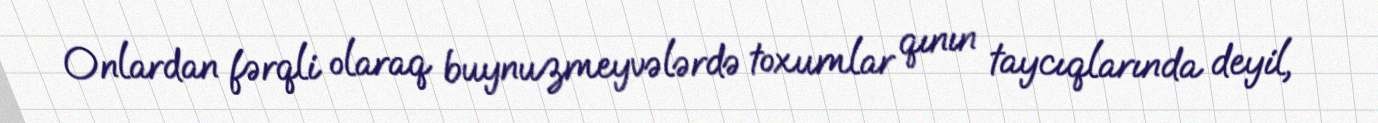
Onlardan fərqli olaraq buynuzmeyvələrdə toxumlar qının taycıqlarında deyil,